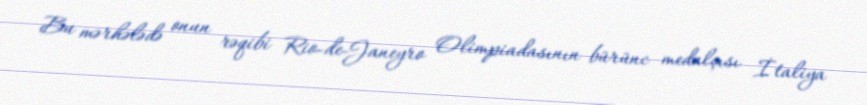
Bu mərhələdə onun rəqibi Rio-de-Janeyro Olimpiadasının bürünc medalçısı İtaliya